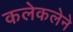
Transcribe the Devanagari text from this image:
कलेकलेने